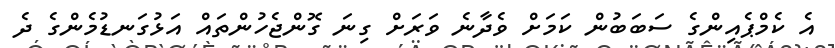
އެ ކެމްޕެއިންގެ ސަބަބުން ކަމަށް ވެދާނެ ވަރަށް ގިނަ ގޮންޖެހުންތައް އަޅުގަނޑުމެންގެ ދެ